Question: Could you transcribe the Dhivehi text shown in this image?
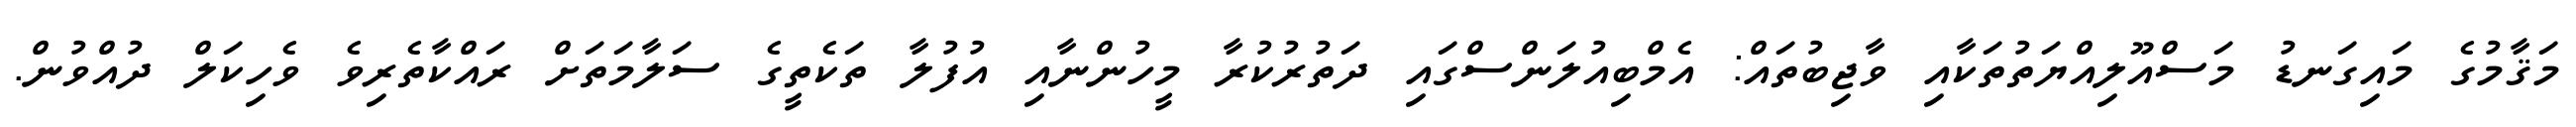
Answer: މަޤާމުގެ މައިގަނޑު މަސްއޫލިއްޔަތުތަކާއި ވާޖިބުތައް: އެމްބިއުލަންސްގައި ދަތުރުކުރާ މީހުންނާއި އުފުލާ ތަކެތީގެ ސަލާމަތަށް ރައްކާތެރިވެ ވެހިކަލް ދުއްވުން.